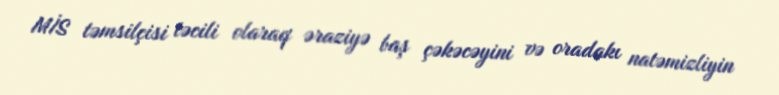
MİS təmsilçisi təcili olaraq əraziyə baş çəkəcəyini və oradakı natəmizliyin